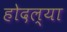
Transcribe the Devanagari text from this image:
होदल्या